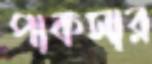
পাকসার